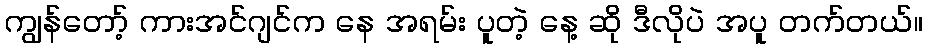
ကျွန်တော့် ကားအင်ဂျင်က နေ အရမ်း ပူတဲ့ နေ့ ဆို ဒီလိုပဲ အပူ တက်တယ်။